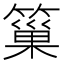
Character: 𥲀